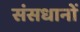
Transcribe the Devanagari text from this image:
संसधानों